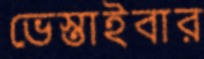
ভেস্তাইবার